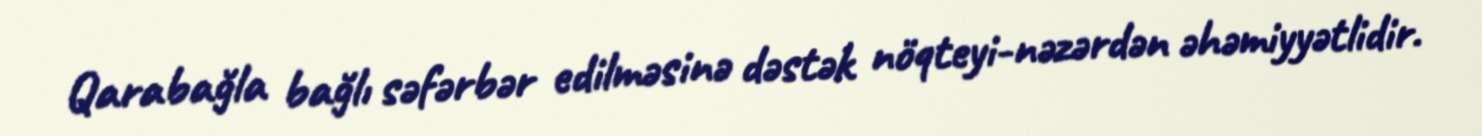
Qarabağla bağlı səfərbər edilməsinə dəstək nöqteyi-nəzərdən əhəmiyyətlidir.